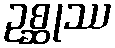
ဥစ္ဆုဿ